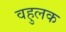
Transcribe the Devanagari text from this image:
वहुलक